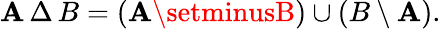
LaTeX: \mathbf{A}\, \Delta\, B=(\mathbf{A}\setminusB)\cup(B\setminus\mathbf{A}).